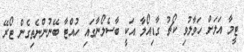
ޓީމާ އަލަށް ހަވާލުވި ކޯޗު ގާޑިއޯލާ އަކީ ބާސެލޯނާގައި ހުއްޓާ ބޭނުންނެތިގެން ޓޯރޭ